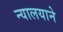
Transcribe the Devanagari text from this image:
न्यालयाने